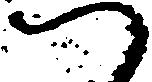
つ